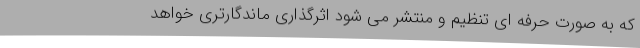
که به صورت حرفه ای تنظیم و منتشر می شود اثرگذاری ماندگارتری خواهد